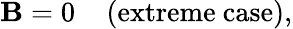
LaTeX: \mathbf{B}=0\; \; \; \; \mathrm{{(extreme~case)}},